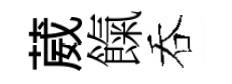
葳餼吞